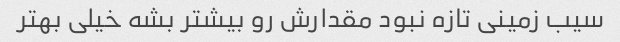
سیب زمینی تازه نبود مقدارش رو بیشتر بشه خیلی بهتر